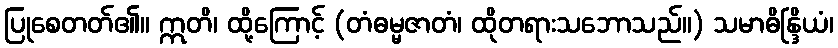
ပြုစေတတ်၏။ ဣတိ၊ ထို့ကြောင့် (တံဓမ္မဇာတံ၊ ထိုတရားသဘောသည်။) သမာဓိန္ဒြိယံ၊